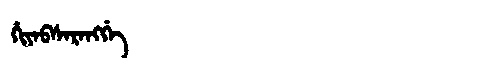
Manchu: ᡥᡳᠶᠠᠪᠰᠠᡵᠠᠩᡤᡝ
Romanization: HIYABSARANGGE